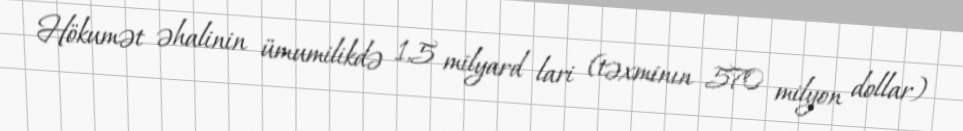
Hökumət əhalinin ümumilikdə 1,5 milyard lari (təxminın 570 milyon dollar)